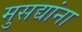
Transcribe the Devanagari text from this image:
मुसद्यांना